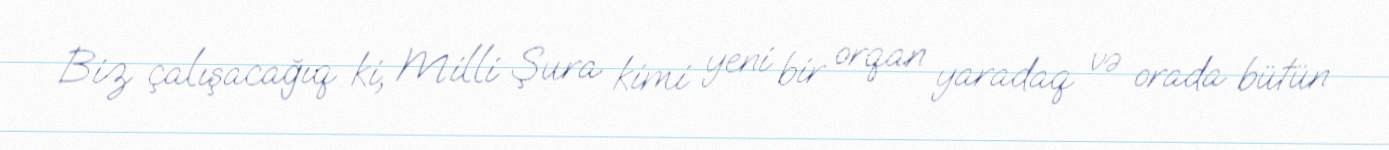
Biz çalışacağıq ki, Milli Şura kimi yeni bir orqan yaradaq və orada bütün